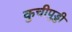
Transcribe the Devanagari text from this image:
कुचीपुड्डी